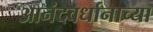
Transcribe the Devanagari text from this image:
आनंदवर्धानाच्या